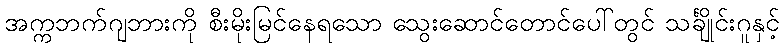
အက္ကဘက်ဂျဘားကို စီးမိုးမြင်နေရသော သွေးဆောင်တောင်ပေါ်တွင် သင်္ချိုင်းဂူနှင့်